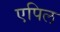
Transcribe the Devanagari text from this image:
एपिल